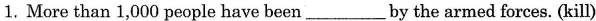
1. More than 1,000 people have been ___ by the armed forces. (kill)